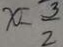
x = \frac { 3 } { 2 }